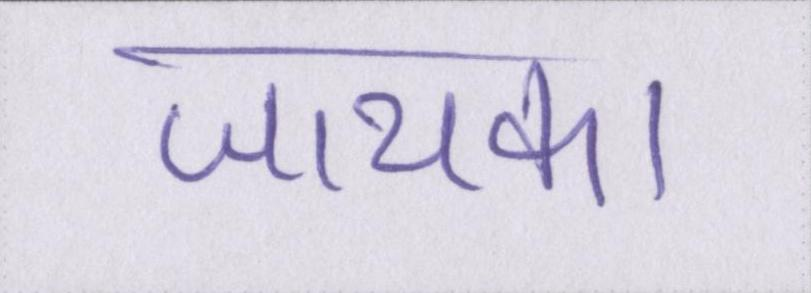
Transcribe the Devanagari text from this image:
जायका